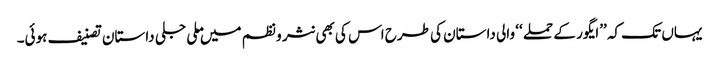
یہاں تک کہ ’’ایگور کے حملے ‘‘ والی داستان کی طرح اس کی بھی نثر و نظم میں ملی جلی داستان تصنیف ہوئی۔